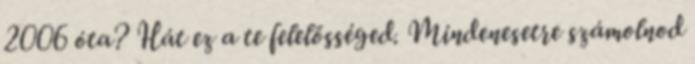
2006 óta? Hát ez a te felelősséged. Mindenesetre számolnod